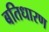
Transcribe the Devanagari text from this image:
बतिधारण